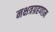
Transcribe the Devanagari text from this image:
नक्षत्रग्रहणाम